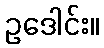
ဥဒေါင်း။